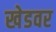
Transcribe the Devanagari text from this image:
खेडवर